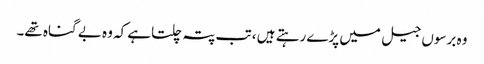
وہ برسوں جیل میں پڑے رہتے ہیں ، تب پتہ چلتاہے کہ وہ بے گناہ تھے۔